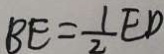
B E = \frac { 1 } { 2 } E D